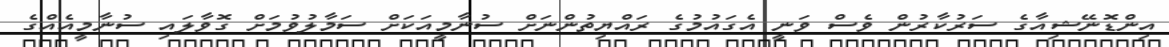
އިންޑޮނޭޝިއާގެ ސަރުކާރުން ވެސް ވަނީ އެގައުމުގެ ރައްޔިތުންނަށް ސުނާމީއަކަށް ސަމާލުވުމަށް ގޮވާލައި ސުނާމީއެއްގެ